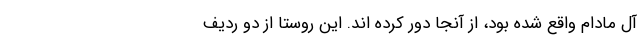
آل مادام واقع شده بود، از آنجا دور کرده اند. این روستا از دو ردیف